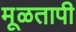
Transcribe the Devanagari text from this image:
मूळतापी